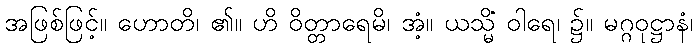
အဖြစ်ဖြင့်။ ဟောတိ၊ ၏။ ဟိ ဝိတ္တာရေမိ၊ အံ့။ ယသ္မိံ ဝါရေ၊ ၌။ မဂ္ဂဝုဋ္ဌာနံ၊